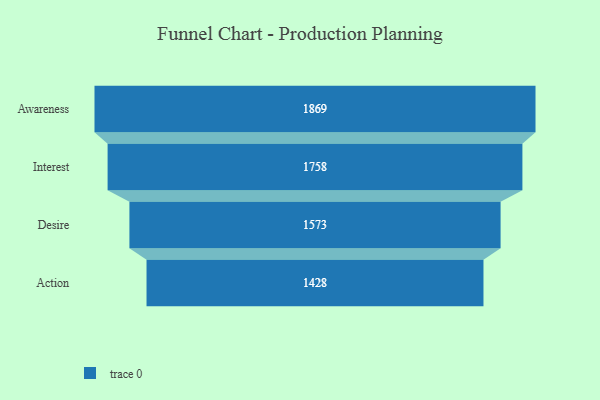
{"axis": {"x": "Stage", "y": "Value"}, "legend": [""], "data": [{"x": "Awareness", "y": 1869.0, "type": ""}, {"x": "Interest", "y": 1758.0, "type": ""}, {"x": "Desire", "y": 1573.0, "type": ""}, {"x": "Action", "y": 1428.0, "type": ""}]}